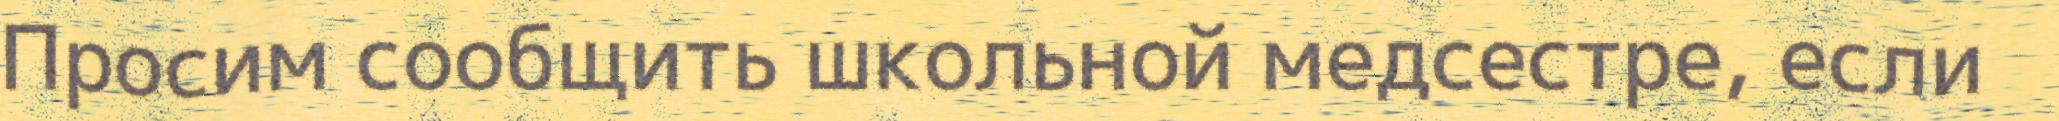
Просим сообщить школьной медсестре, если